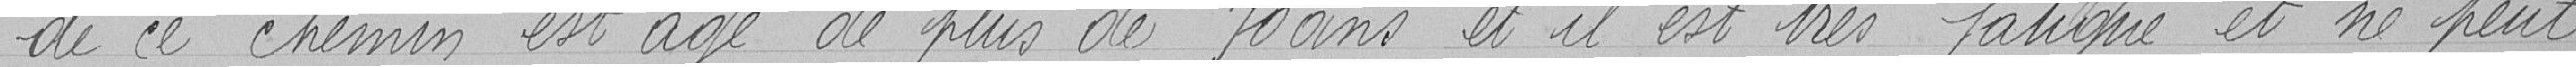
de ce chemin est âgé de plus de 70 ans et il est très fatigué et ne peut